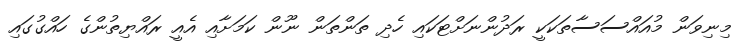
މިނިވަން މުއައްސަސާތަކަކީ ރަދުންނަށްޓަކައި ހެދި ތަންތަން ނޫން ކަމަށާއި އެއީ ރައްޔިތުންގެ ހައްގުގައި